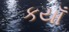
કયાઁ